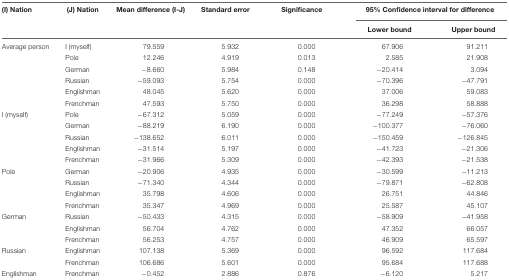
<table><thead><tr><td><b>(I) Nation</b></td><td><b>(J) Nation</b></td><td><b>Mean difference (I-J)</b></td><td><b>Standard error</b></td><td><b>Significance</b></td><td colspan="2"><b>95% Confidence interval for difference</b></td></tr><tr><td>[EMPTY_CELL]</td><td>[EMPTY_CELL]</td><td>[EMPTY_CELL]</td><td>[EMPTY_CELL]</td><td>[EMPTY_CELL]</td><td><b>Lower bound</b></td><td><b>Upper bound</b></td></tr></thead><tbody><tr><td>Average person</td><td>I (myself)</td><td>79.559</td><td>5.932</td><td>0.000</td><td>67.906</td><td>91.211</td></tr><tr><td>[EMPTY_CELL]</td><td>Pole</td><td>12.246</td><td>4.919</td><td>0.013</td><td>2.585</td><td>21.908</td></tr><tr><td>[EMPTY_CELL]</td><td>German</td><td>-8.660</td><td>5.984</td><td>0.148</td><td>-20.414</td><td>3.094</td></tr><tr><td>[EMPTY_CELL]</td><td>Russian</td><td>-59.093</td><td>5.754</td><td>0.000</td><td>-70.396</td><td>-47.791</td></tr><tr><td>[EMPTY_CELL]</td><td>Englishman</td><td>48.045</td><td>5.620</td><td>0.000</td><td>37.006</td><td>59.083</td></tr><tr><td>[EMPTY_CELL]</td><td>Frenchman</td><td>47.593</td><td>5.750</td><td>0.000</td><td>36.298</td><td>58.888</td></tr><tr><td>I (myself)</td><td>Pole</td><td>-67.312</td><td>5.059</td><td>0.000</td><td>-77.249</td><td>-57.376</td></tr><tr><td>[EMPTY_CELL]</td><td>German</td><td>-88.219</td><td>6.190</td><td>0.000</td><td>-100.377</td><td>-76.060</td></tr><tr><td>[EMPTY_CELL]</td><td>Russian</td><td>-138.652</td><td>6.011</td><td>0.000</td><td>-150.459</td><td>-126.845</td></tr><tr><td>[EMPTY_CELL]</td><td>Englishman</td><td>-31.514</td><td>5.197</td><td>0.000</td><td>-41.723</td><td>-21.306</td></tr><tr><td>[EMPTY_CELL]</td><td>Frenchman</td><td>-31.966</td><td>5.309</td><td>0.000</td><td>-42.393</td><td>-21.538</td></tr><tr><td>Pole</td><td>German</td><td>-20.906</td><td>4.935</td><td>0.000</td><td>-30.599</td><td>-11.213</td></tr><tr><td>[EMPTY_CELL]</td><td>Russian</td><td>-71.340</td><td>4.344</td><td>0.000</td><td>-79.871</td><td>-62.808</td></tr><tr><td>[EMPTY_CELL]</td><td>Englishman</td><td>35.798</td><td>4.606</td><td>0.000</td><td>26.751</td><td>44.846</td></tr><tr><td>[EMPTY_CELL]</td><td>Frenchman</td><td>35.347</td><td>4.969</td><td>0.000</td><td>25.587</td><td>45.107</td></tr><tr><td>German</td><td>Russian</td><td>-50.433</td><td>4.315</td><td>0.000</td><td>-58.909</td><td>-41.958</td></tr><tr><td>[EMPTY_CELL]</td><td>Englishman</td><td>56.704</td><td>4.762</td><td>0.000</td><td>47.352</td><td>66.057</td></tr><tr><td>[EMPTY_CELL]</td><td>Frenchman</td><td>56.253</td><td>4.757</td><td>0.000</td><td>46.909</td><td>65.597</td></tr><tr><td>Russian</td><td>Englishman</td><td>107.138</td><td>5.369</td><td>0.000</td><td>96.592</td><td>117.684</td></tr><tr><td>[EMPTY_CELL]</td><td>Frenchman</td><td>106.686</td><td>5.601</td><td>0.000</td><td>95.684</td><td>117.688</td></tr><tr><td>Englishman</td><td>Frenchman</td><td>-0.452</td><td>2.886</td><td>0.876</td><td>-6.120</td><td>5.217</td></tr></tbody></table>